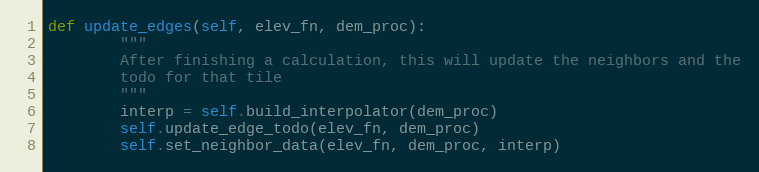
Language: Python
def update_edges(self, elev_fn, dem_proc):
        """
        After finishing a calculation, this will update the neighbors and the
        todo for that tile
        """
        interp = self.build_interpolator(dem_proc)
        self.update_edge_todo(elev_fn, dem_proc)
        self.set_neighbor_data(elev_fn, dem_proc, interp)